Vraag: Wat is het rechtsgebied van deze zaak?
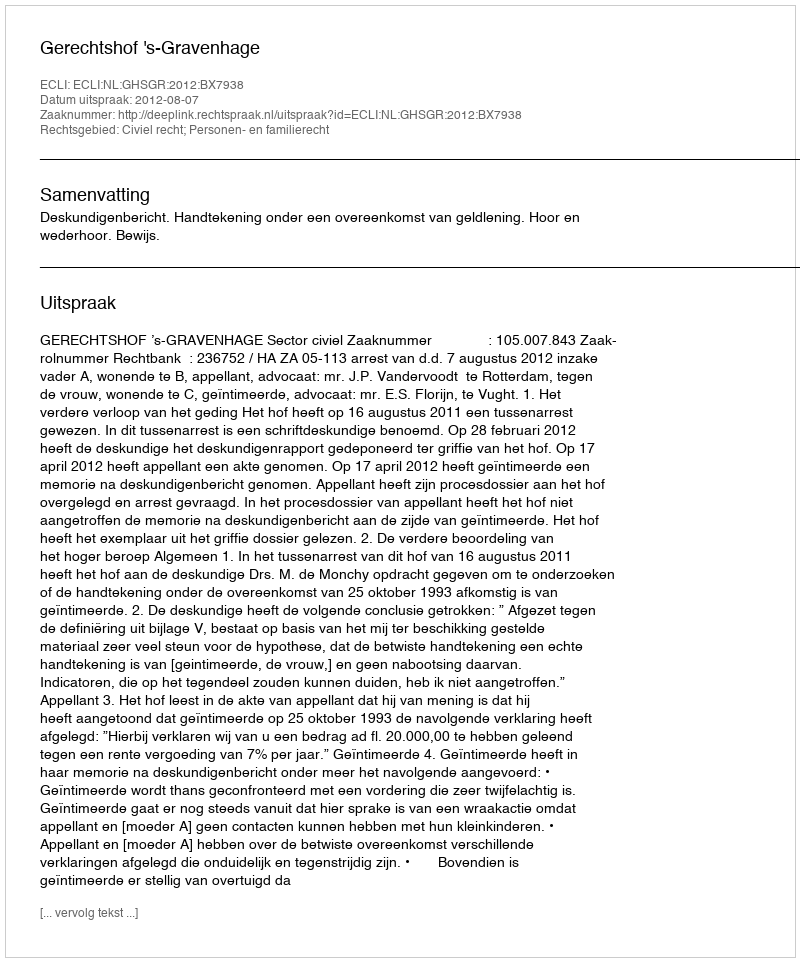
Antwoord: Civiel recht; Personen- en familierecht